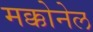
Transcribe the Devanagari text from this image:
मक्कोनेल